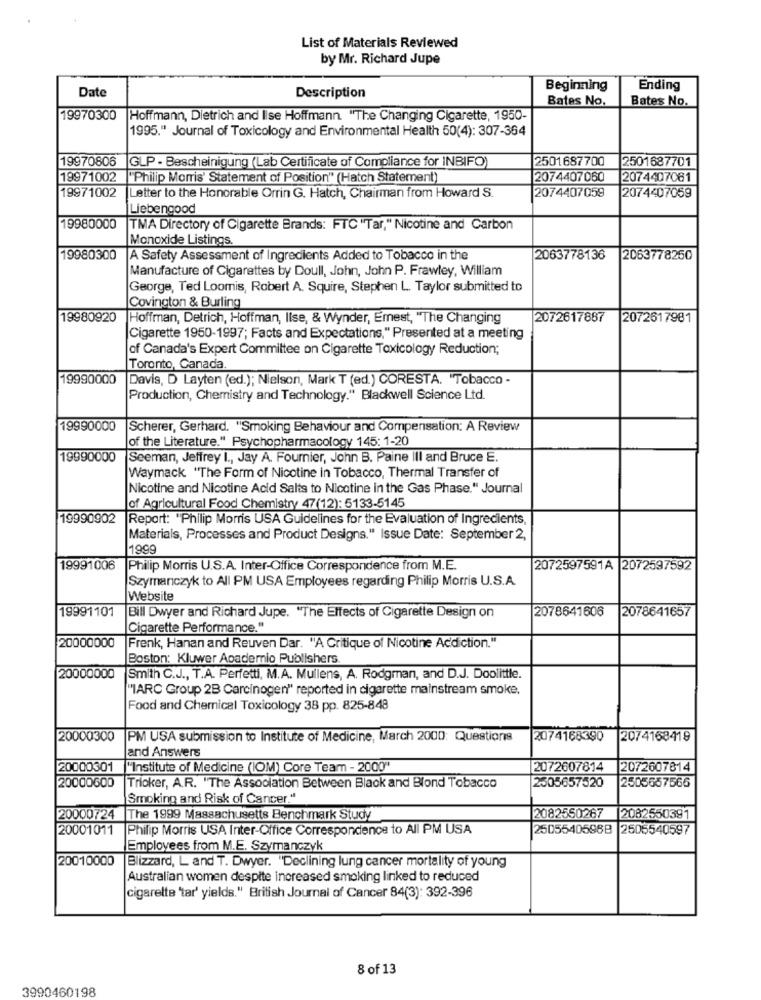
List of Materials Reviewed
by Mr. Richard Jupe
Date
Beginning
Ending
Description
Bates No.
Bates No.
19970300
Hoffmann, Dietrich and Ilse Hoffmann. "The Changing Cigarette, 1950-
1995." Journal of Toxicology and Environmental Health 50(4): 307-364
19970806
GLP - Bescheinigung (Lab Certificate of Compliance for INBIFO)
2501687700
2501687701
19971002
"Philip Morris' Statement of Position" (Hatch Statement)
2074407060
2074407061
19971002
Letter to the Honorable Orrin G. Hatch, Chairman from Howard S.
2074407059
2074407059
Liebengood
19980000
TMA Directory of Cigarette Brands: FTC "Tar," Nicotine and Carbon
Monoxide Listings.
19980300
A Safety Assessment of Ingredients Added to Tobacco in the
2063778136
2063778250
Manufacture of Cigarettes by Doull, John, John P. Frawley, William
George, Ted Loomis, Robert A. Squire, Stephen L. Taylor submitted to
Covington & Burling
19980920
Hoffman, Detrich, Hoffman, Ilse, & Wynder, Emest, "The Changing
2072617887
2072617981
Cigarette 1950-1997; Facts and Expectations," Presented at a meeting
of Canada's Expert Committee on Cigarette Toxicology Reduction;
Toronto, Canada
19990000
Davis, D Layten (ed.); Nielson, Mark T (ed.) CORESTA. "Tobacco -
Production, Chemistry and Technology." Blackwell Science Ltd.
19990000
Scherer, Gerhard. "Smoking Behaviour and Compensation: A Review
of the Literature." Psychopharmacology 145: 1-20
19990000
Seeman, Jeffrey I ., Jay A. Fournier, John B. Paine Ill and Bruce E.
Waymack "The Form of Nicotine in Tobacco, Thermal Transfer of
Nicotine and Nicotine Acid Salis to Nicotine in the Gas Phase." Journal
of Agricultural Food Chemistry 47(12): 5133-5145
19990902
Report: "Philip Morris USA Guidelines for the Evaluation of Ingredients,
Materials, Processes and Product Designs." Issue Date: September 2,
1999
19991006
Philip Morris U.S.A. Inter-Office Correspondence from M.E.
2072597591A 2072597592
Szymanczyk to All PM USA Employees regarding Philip Morris U.S.A.
Website
19991101
2078641606
2078641657
Bill Dwyer and Richard Jupe. "The Effects of Cigarette Design on
Cigarette Performance."
20000000
Frenk, Hanan and Reuven Dar. "A Critique of Nicotine Addiction."
Boston: Kluwer Academic Publishers.
20000000
Smith C.J ., T.A. Perfetti, M.A. Mullens, A. Rodgman, and D.J. Doolittle.
"IARC Group 2B Carcinogen" reported in cigarette mainstream smoke,
Food and Chemical Toxicology 38 pp. 825-848
20000300
PM USA submission to Institute of Medicine, March 2000: Questions
2074168390
2074168419
and Answers
20000301
"Institute of Medicine (IOM) Core Team - 2000"
2072607814
2072607814
20000600
Trioker, A.R. "The Association Between Black and Blond Tobacco
2505657520
2505657566
Smoking and Risk of Cancer."
20000724
The 1999 Massachusetts Benchmark Study
2082550267
2082550391
20001011
Philip Morris USA Inter-Office Correspondence to All PM USA
2505540596B
2505540597
Employees from M.E. Szymanczyk
20010000
Blizzard, L and T. Dwyer. "Declining lung cancer mortality of young
Australian women despite increased smoking linked to reduced
cigarette 'tar' yields." British Journal of Cancer 84(3): 392-396
8 of 13
3990460198